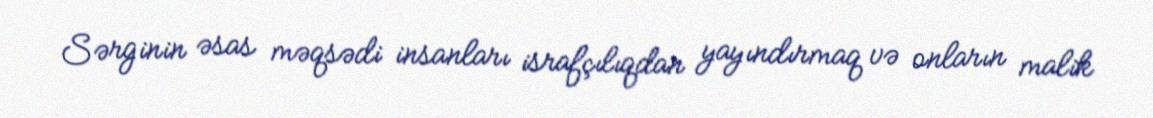
Sərginin əsas məqsədi insanları israfçılıqdan yayındırmaq və onların malik